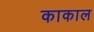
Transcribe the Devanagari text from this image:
काकाल